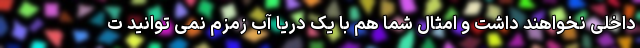
داخلی نخواهند داشت و امثال شما هم با یک دریا آب زمزم نمی توانید ت